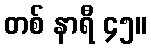
တစ် နာရီ ၄၅။